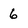
Character: 6